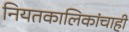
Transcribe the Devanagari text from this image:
नियतकालिकांचाही